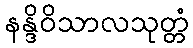
နန္ဒိဝိသာလသုတ္တံ